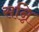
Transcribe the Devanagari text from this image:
सन्नि